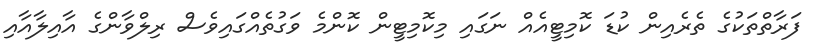
ފަރާތްތަކުގެ ތެރެއިން ކުޑަ ކޮމިޓީއެއް ނަގައި މިކޮމިޓީން ކޮންމެ ވަގުތެއްގައިވެސް ރިލްވާންގެ އާއިލާއާއި